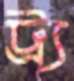
ট্র্য